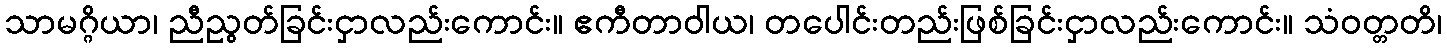
သာမဂ္ဂိယာ၊ ညီညွတ်ခြင်းငှာလည်းကောင်း။ ဧကီတာဝါယ၊ တပေါင်းတည်းဖြစ်ခြင်းငှာလည်းကောင်း။ သံဝတ္တတိ၊